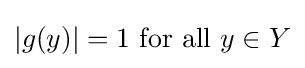
|g(y)|=1{\mbox{ for all }}y\in Y